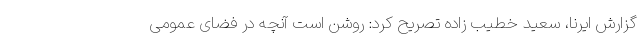
گزارش ایرنا، سعید خطیب زاده تصریح کرد: روشن است آنچه در فضای عمومی